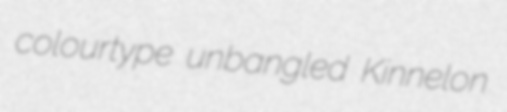
colourtype unbangled Kinnelon